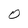
Character: O